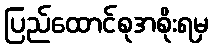
ပြည်ထောင်စုအစိုးရမှ